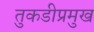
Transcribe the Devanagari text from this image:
तुकडीप्रमुख